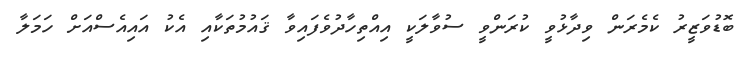
ބޮޑުވަޒީރު ކެމެރަން ވިދާޅުވީ ކުރަންވީ ސުވާލަކީ އިއްތިހާދުވެފައިވާ ޤައުމުތަކާއި އެކު އައިއެސްއަށް ހަމަލާ